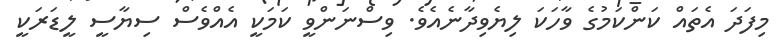
މިފަދަ އެތައް ކަންކަމުގެ ވާހަކަ ލިޔެވިދާނެއެވެ. ވިސްނަންވީ ކަމަކީ އެއްވެސް ސިޔާސީ ލީޑަރަކީ